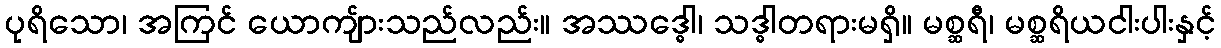
ပုရိသော၊ အကြင် ယောကျ်ားသည်လည်း။ အဿဒ္ဓေါ၊ သဒ္ဓါတရားမရှိ။ မစ္ဆရီ၊ မစ္ဆရိယငါးပါးနှင့်